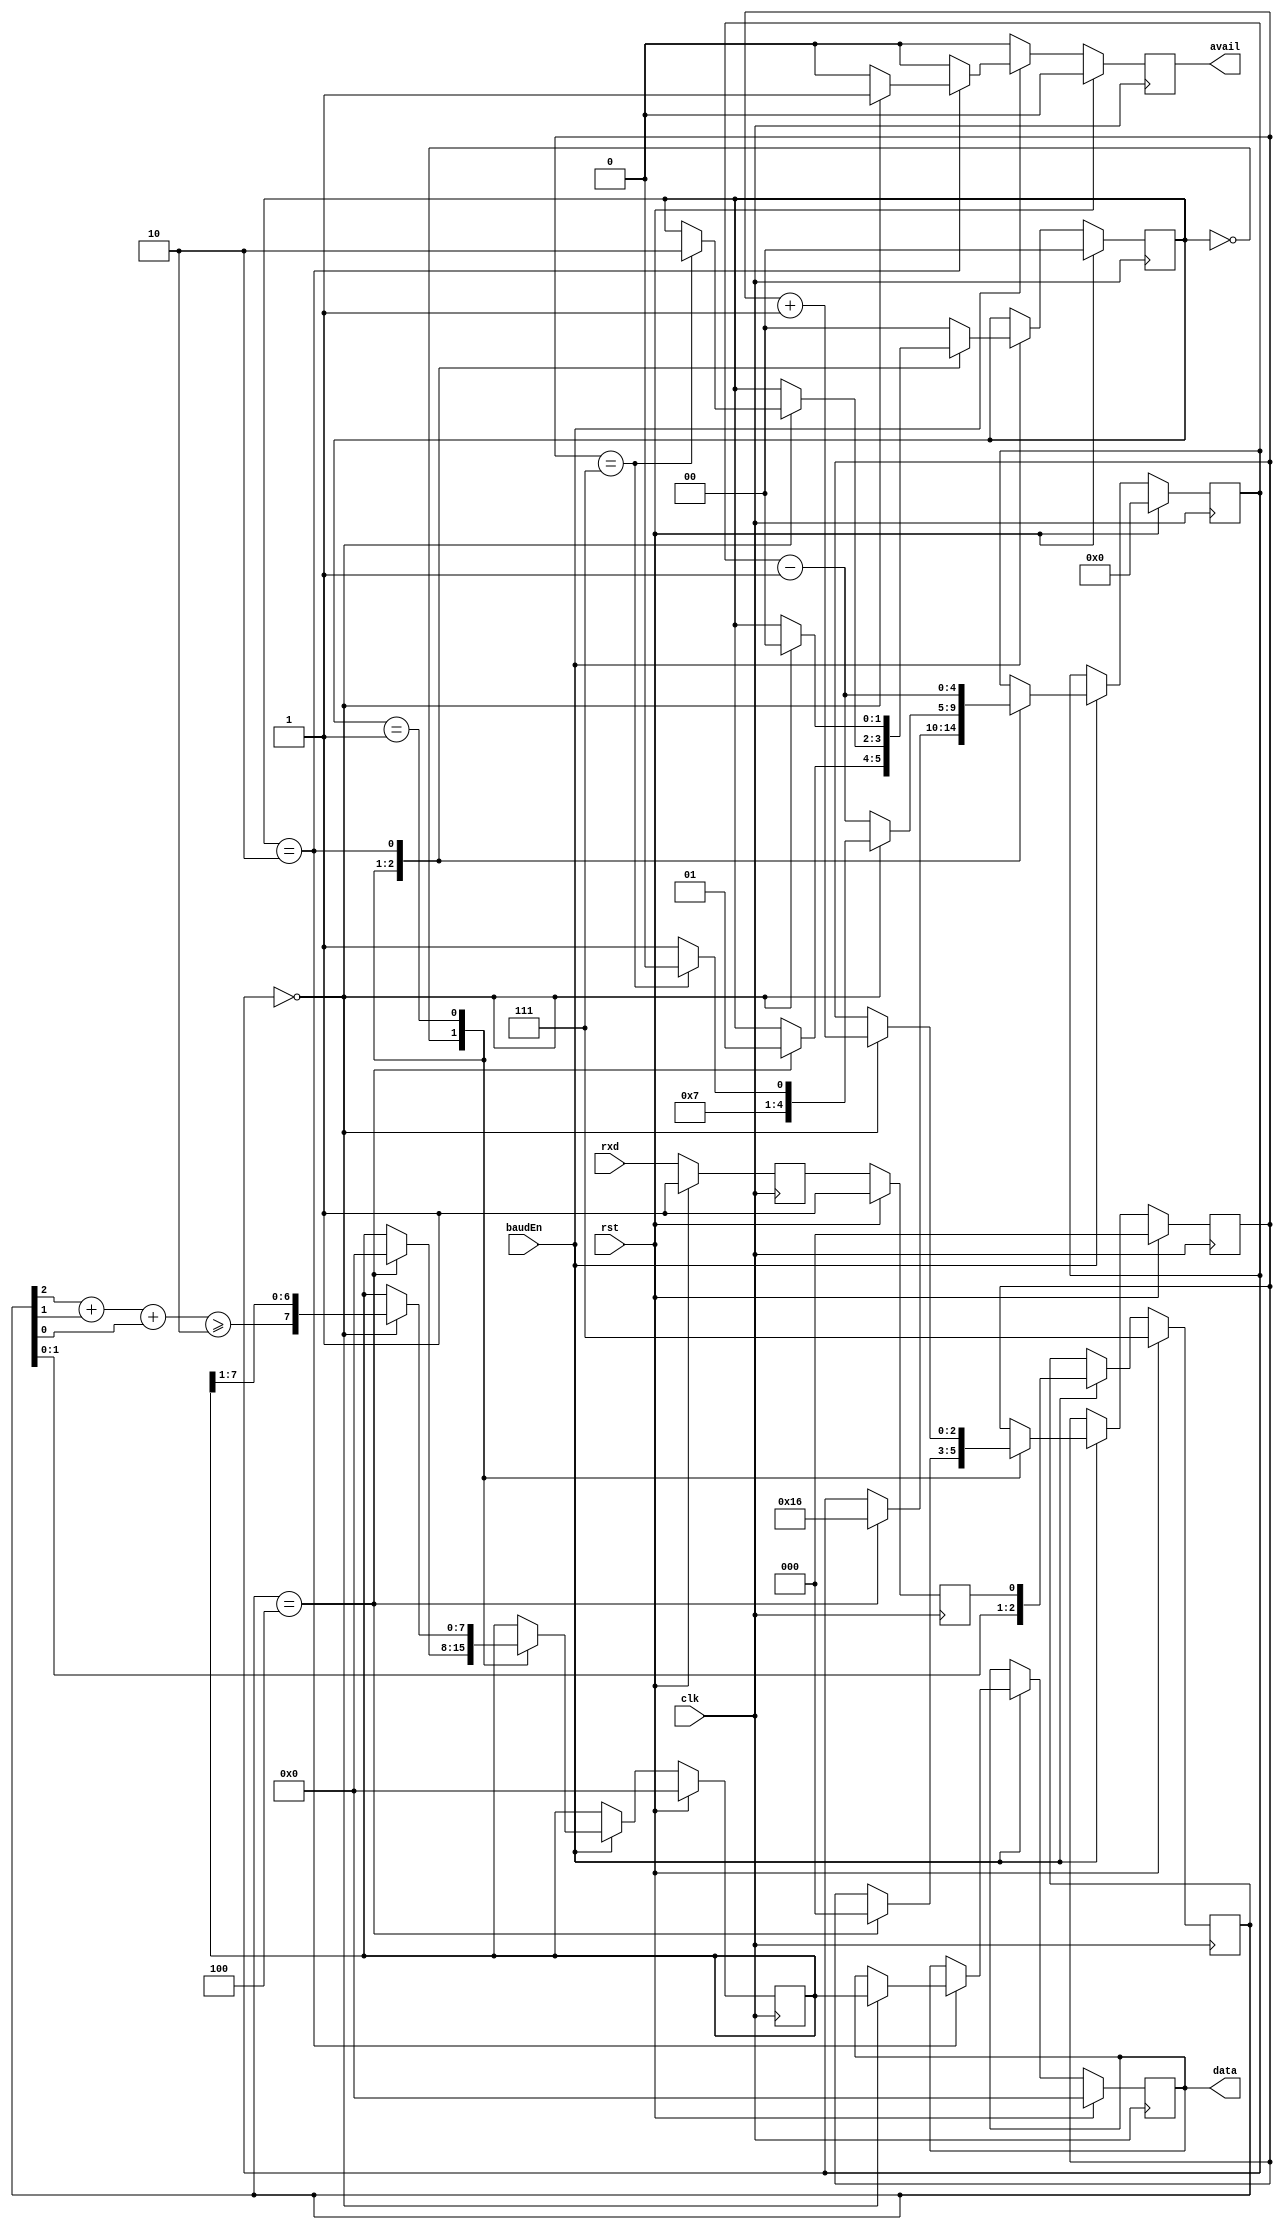
module uart_rx
(
    input   wire            rst,                // sync, active-high system reset
    input   wire            clk,                // system clock
    input   wire            baudEn,             // enable at 16x baud rate
	input	wire			rxd,				// receive data in
	output	reg				avail,				// new data byte received
	output	reg		[7:0]	data				// received data byte
);

reg rxd_z, rxd_zz;
reg [2:0] rxd_in;
reg [1:0] state;
reg [2:0] bitnum;
reg [4:0] ph;
reg [7:0] rxdata;

wire rxmajority;
assign rxmajority = (rxd_in[2] + rxd_in[1] + rxd_in[0]) >= 2;

always @ (posedge clk)
begin
	if (rst)
	begin
		avail <= 0;
		data <= 0;
		rxd_z <= 1;
		rxd_zz <= 1;
		rxd_in <= 3'b111;
		state <= 0;
		bitnum <= 0;
		ph <= 0;
		rxdata <= 0;
	end
	else
	begin
		// harden receive data input against metastability
		rxd_z <= rxd;
		rxd_zz <= rxd_z;

		// defaults
		avail <= 0;

		if (baudEn)
		begin
			// for edge and majority detection
			rxd_in <= { rxd_in[1:0], rxd_zz };

			case (state)
		
				0: begin
					if (rxd_in == 3'b100)
					begin
						state <= 1;
						bitnum <= 0;
						ph <= 22;
						rxdata <= 0;
					end
				end

				1: begin
					if (ph == 0)
					begin
						rxdata <= { rxmajority, rxdata[7:1] }; 
						bitnum <= bitnum + 1;
						if (bitnum == 7) 
						begin
							ph <= 14;
							state <= 2;
						end
						else
						begin
							ph <= 15;
						end
					end
					else
					begin
						ph <= ph - 1;
					end
				end

				2: begin
					ph <= ph - 1;
					if (ph == 0)
					begin
						state <= 0;
						avail <= 1;
						data <= rxdata;
					end
				end

				default: begin
					state <= 0;
				end

			endcase
		end
	end
end

endmodule